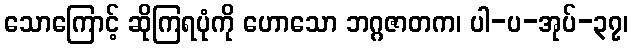
သောကြောင့် ဆိုကြရပုံကို ဟောသော ဘဂ္ဂဇာတက၊ ပါ-ပ-အုပ်-၃၇၊